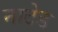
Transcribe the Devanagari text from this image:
नाटेड